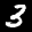
Label: 3